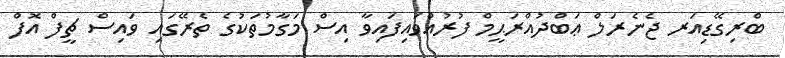
ބްރިގޭޑިއަރ ޖެނެރަލް ޢަބްދުއްރަޙީމް ފުރުއްވައިފައިވާ އިސް މަގާމުތަކުގެ ތެރޭގައި ވައިސް ޗީފް އޮފް